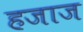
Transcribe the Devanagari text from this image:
हजाज